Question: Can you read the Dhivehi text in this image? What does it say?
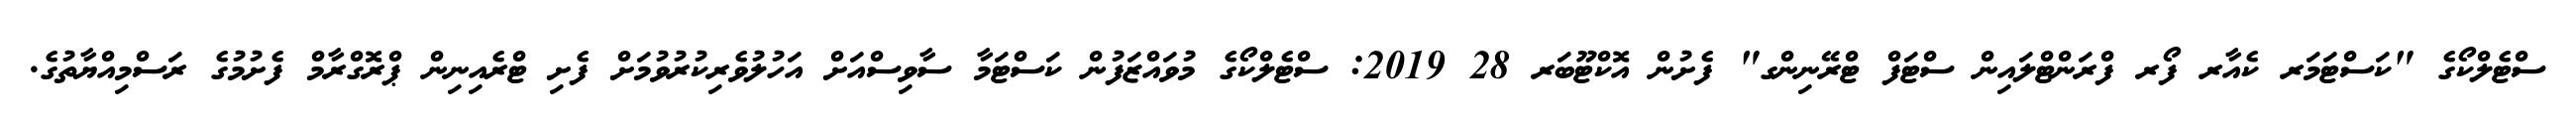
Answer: ސްޓެލްކޯގެ "ކަސްޓަމަރ ކެއާރ ފޯރ ފްރަންޓްލައިން ސްޓަފް ޓްރޭނިންގ" ފެށުން އޮކްޓޫބަރ 28 2019: ސްޓެލްކޯގެ މުވައްޒަފުން ކަސްޓަމާ ސާވިސްއަށް އަހުލުވެރިކުރުވުމަށް ފެށި ޓްރެއިނިން ޕްރޮގްރާމް ފެށުމުގެ ރަސްމިއްޔާތުގެ.